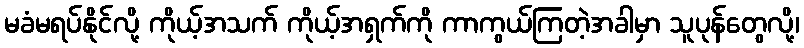
မခံမရပ်နိုင်လို့ ကိုယ့်အသက် ကိုယ့်အရှက်ကို ကာကွယ်ကြတဲ့အခါမှာ သူပုန်တွေလို့၊